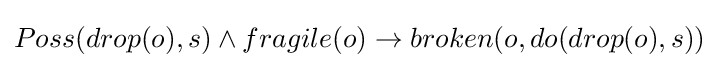
Poss(drop(o),s)\wedge fragile(o)\rightarrow broken(o,do(drop(o),s))